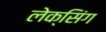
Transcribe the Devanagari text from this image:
लेक्सिंग